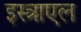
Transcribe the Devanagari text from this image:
इस्त्राएल